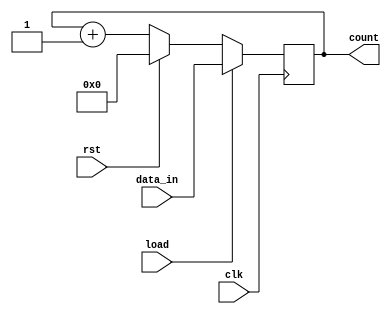
`timescale 1ns / 1ps
//////////////////////////////////////////////////////////////////////////////////
// Company: 
// Engineer: 
// 
// Design Name: 
// Module Name: loadable_counter
// Project Name: 
// Target Devices: 
// Tool Versions: 
// Description: 
// 
// Dependencies: 
// 
// Revision:
// Revision 0.01 - File Created
// Additional Comments:
// 
//////////////////////////////////////////////////////////////////////////////////


module loadable_counter(input rst,clk,load,
input[3:0]data_in,output reg [3:0]count);

always @(posedge clk)
begin
if (load) 
        count <= data_in;
 else    
 begin   
      if (rst) 
            count <= 4'b0000;
    else 
        count <= count + 1;
  end
  end
//assign count=data;
endmodule